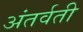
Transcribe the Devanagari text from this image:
अंतर्वती